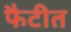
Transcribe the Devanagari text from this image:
फैटीत